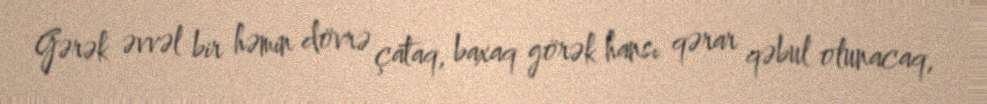
Gərək əvvəl bir həmin dövrə çataq, baxaq görək hansı qərar qəbul olunacaq,